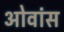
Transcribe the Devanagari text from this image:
ओवांस